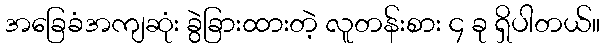
အခြေခံအကျဆုံး ခွဲခြားထားတဲ့ လူတန်းစား ၄ ခု ရှိပါတယ်။